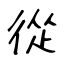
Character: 從